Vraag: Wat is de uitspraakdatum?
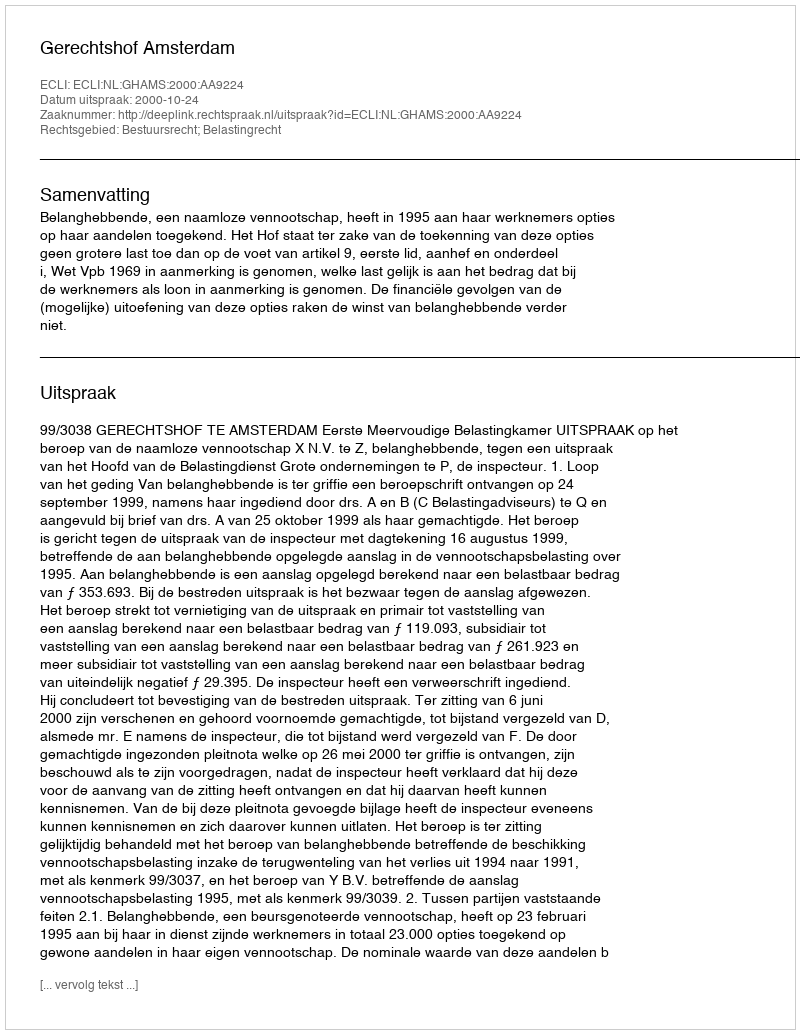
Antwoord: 2000-10-24